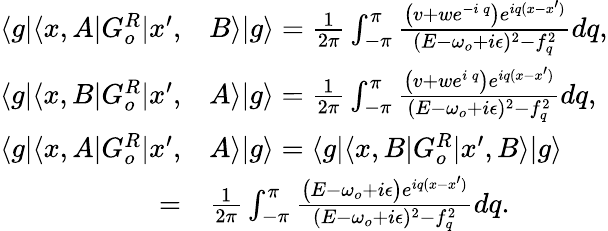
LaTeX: \begin{array}{rl}{\langle g|\langle x,A|G_{o}^{R}|x^{\prime},}&{B\rangle|g\rangle=\frac{1}{2\pi}\int_{-\pi}^{\pi}\frac{\big(v+we^{-i\, q}\big)e^{iq(x-x^{\prime})}}{(E-\omega_{o}+i\epsilon)^{2}-f_{q}^{2}}dq,}\\ {\langle g|\langle x,B|G_{o}^{R}|x^{\prime},}&{A\rangle|g\rangle=\frac{1}{2\pi}\int_{-\pi}^{\pi}\frac{\big(v+we^{i\, q}\big)e^{iq(x-x^{\prime})}}{(E-\omega_{o}+i\epsilon)^{2}-f_{q}^{2}}dq,}\\ {\langle g|\langle x,A|G_{o}^{R}|x^{\prime},}&{A\rangle|g\rangle=\langle g|\langle x,B|G_{o}^{R}|x^{\prime},B\rangle|g\rangle}\\ {=}&{\frac{1}{2\pi}\int_{-\pi}^{\pi}\frac{\big(E-\omega_{o}+i\epsilon\big)e^{iq(x-x^{\prime})}}{(E-\omega_{o}+i\epsilon)^{2}-f_{q}^{2}}dq.}\end{array}